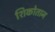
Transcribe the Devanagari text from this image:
शिकोतान